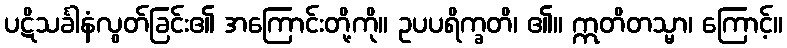
ပဋိသင်္ခါနံလွတ်ခြင်း၏ အကြောင်းတို့ကို။ ဥပပရိက္ခတိ၊ ၏။ ဣတိတသ္မာ၊ ကြောင့်။